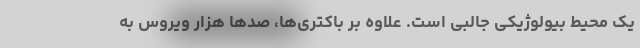
یک محیط بیولوژیکی جالبی است. علاوه بر باکتری‌ها، صدها هزار ویروس به